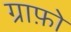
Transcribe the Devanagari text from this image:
ग्राफ़ो